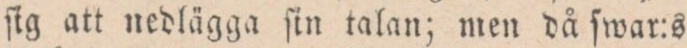
ſig att nedlägga ſin talan; men då ſwar:s